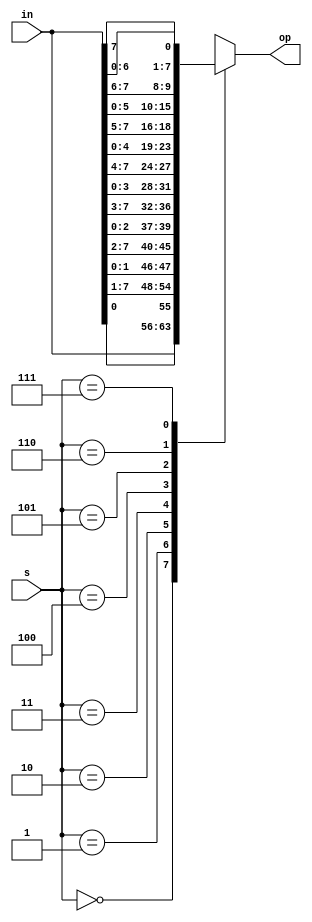
`timescale 1ns / 1ps
//////////////////////////////////////////////////////////////////////////////////
// Company: 
// Engineer: 
// 
// Design Name: 
// Module Name:    Bshift8 
// Project Name: 
// Target Devices: 
// Tool versions: 
// Description: 
//
// Dependencies: 
//
// Revision: 
// Revision 0.01 - File Created
// Additional Comments: 
//
//////////////////////////////////////////////////////////////////////////////////
module Bshift8(
    input [7:0] in,
    output reg [7:0] op,
    input [2:0]s
    );
	 always@(*)
	 begin
		case (s)
			3'b000 : op = in;
			3'b001 : op = {in[0],in[7:1]};
			3'b010 : op = {in[1:0],in[7:2]};
			3'b011 : op = {in[2:0],in[7:3]};
			3'b100 : op = {in[3:0],in[7:4]};
			3'b101 : op = {in[4:0],in[7:5]};
			3'b110 : op = {in[5:0],in[7:6]};
			3'b111 : op = {in[6:0],in[7]};
			default op = 8'h00;
			endcase
	 end

endmodule